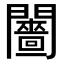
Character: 𨷗